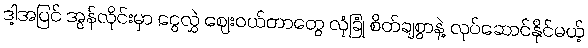
ဒါ့အပြင် အွန်လိုင်းမှာ ငွေလွှဲ ဈေးဝယ်တာတွေ လုံခြုံ စိတ်ချစွာနဲ့ လုပ်ဆောင်နိုင်မယ့်